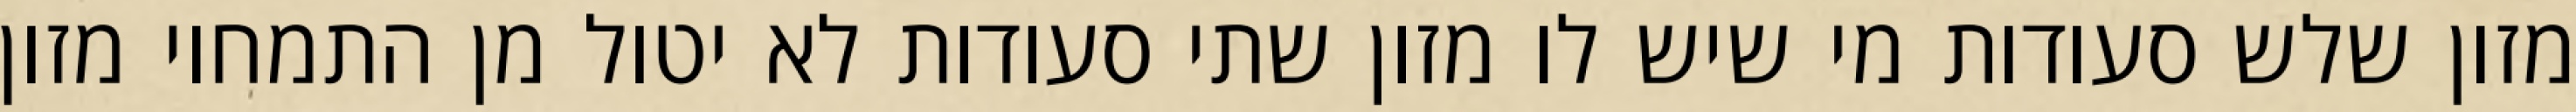
מזון שלש סעודות מי שיש לו מזון שתי סעודות לא יטול מן התמחוי מזון